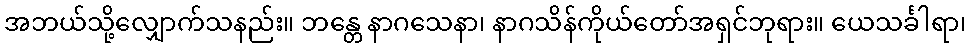
အဘယ်သို့လျှောက်သနည်း။ ဘန္တေ နာဂသေနာ၊ နာဂသိန်ကိုယ်တော်အရှင်ဘုရား။ ယေသင်္ခါရာ၊